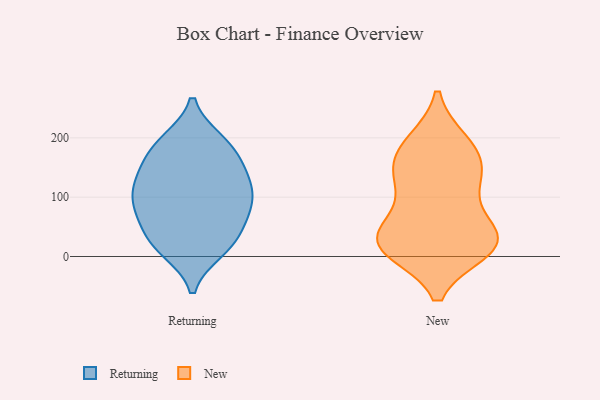
{"axis": {"x": "Humidity (%)", "y": "Value"}, "legend": ["New", "Returning"], "data": [{"x": "", "y": 118, "type": "Returning"}, {"x": "", "y": 30, "type": "Returning"}, {"x": "", "y": 91, "type": "Returning"}, {"x": "", "y": 194, "type": "Returning"}, {"x": "", "y": 184, "type": "Returning"}, {"x": "", "y": 113, "type": "Returning"}, {"x": "", "y": 132, "type": "Returning"}, {"x": "", "y": 194, "type": "Returning"}, {"x": "", "y": 86, "type": "Returning"}, {"x": "", "y": 11, "type": "Returning"}, {"x": "", "y": 124, "type": "Returning"}, {"x": "", "y": 67, "type": "Returning"}, {"x": "", "y": 58, "type": "Returning"}, {"x": "", "y": 20, "type": "Returning"}, {"x": "", "y": 17, "type": "Returning"}, {"x": "", "y": 83, "type": "Returning"}, {"x": "", "y": 165, "type": "Returning"}, {"x": "", "y": 155, "type": "Returning"}, {"x": "", "y": 26, "type": "New"}, {"x": "", "y": 28, "type": "New"}, {"x": "", "y": 147, "type": "New"}, {"x": "", "y": 81, "type": "New"}, {"x": "", "y": 12, "type": "New"}, {"x": "", "y": 16, "type": "New"}, {"x": "", "y": 50, "type": "New"}, {"x": "", "y": 193, "type": "New"}, {"x": "", "y": 33, "type": "New"}, {"x": "", "y": 19, "type": "New"}, {"x": "", "y": 141, "type": "New"}, {"x": "", "y": 117, "type": "New"}, {"x": "", "y": 11, "type": "New"}, {"x": "", "y": 192, "type": "New"}, {"x": "", "y": 178, "type": "New"}, {"x": "", "y": 139, "type": "New"}]}